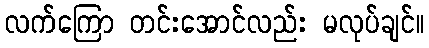
လက်ကြော တင်းအောင်လည်း မလုပ်ချင်။